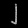
Digit: ၂